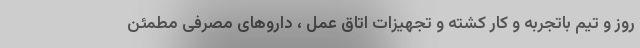
روز و تیم باتجربه و کار کشته و تجهیزات اتاق عمل ، داروهای مصرفی مطمئن